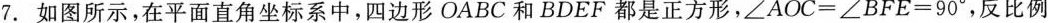
7.如图所示，在平面直角坐标系中，四边形OABC和BDEF都是正方形，$$\angleAOC=\angle BFE=90^{\circ}，反比例